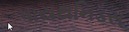
પાયથનિડસ